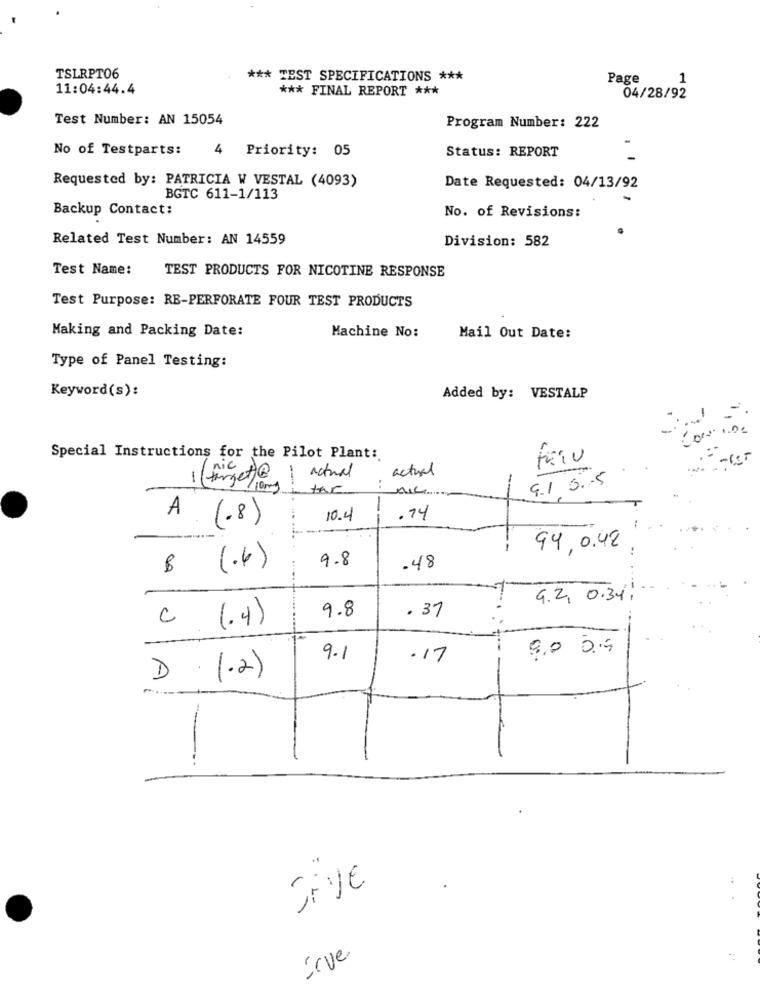
TSLRPT06
*** TEST SPECIFICATIONS ***
Page
1
11:04:44.4
*** FINAL REPORT ***
04/28/92
Test Number: AN 15054
Program Number: 222
No of Testparts:
4 Priority: 05
Status: REPORT
Requested by: PATRICIA W VESTAL (4093)
Date Requested: 04/13/92
BGTC 611-1/113
Backup Contact:
No. of Revisions:
Related Test Number: AN 14559
Division: 582
Test Name:
TEST PRODUCTS FOR NICOTINE RESPONSE
Test Purpose: RE-PERFORATE FOUR TEST PRODUCTS
Making and Packing Date:
Machine No:
Mail Out Date:
Type of Panel Testing:
Keyword(s):
Added by: VESTALP
Special Instructions for the Pilot Plant:
actual
actual
1 (target)
4.1 0.5
/10mg
the
:
NIC
-
1
10.4
.14
A (.8)
94, 0.42
9.8
B (.6)
.48
9.2.0.34.
9.8
. 37
C (.4)
9.0 05
9.1
.17
D 1.2)
-
1
JAye